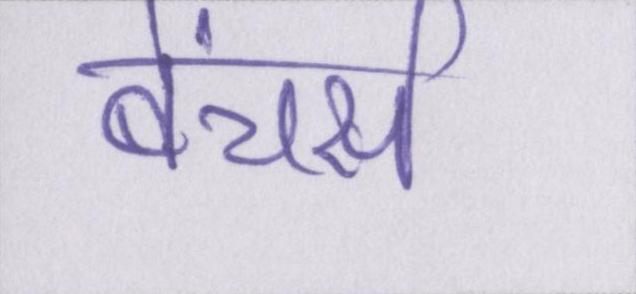
बेंचर्स